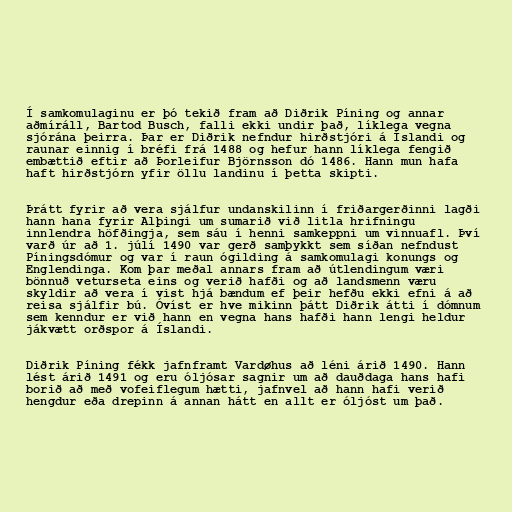
Í samkomulaginu er þó tekið fram að Diðrik Píning og annar
aðmíráll, Bartod Busch, falli ekki undir það, líklega vegna
sjórána þeirra. Þar er Diðrik nefndur hirðstjóri á Íslandi og
raunar einnig í bréfi frá 1488 og hefur hann líklega fengið
embættið eftir að Þorleifur Björnsson dó 1486. Hann mun hafa
haft hirðstjórn yfir öllu landinu í þetta skipti.

Þrátt fyrir að vera sjálfur undanskilinn í friðargerðinni lagði
hann hana fyrir Alþingi um sumarið við litla hrifningu
innlendra höfðingja, sem sáu í henni samkeppni um vinnuafl. Því
varð úr að 1. júlí 1490 var gerð samþykkt sem síðan nefndust
Píningsdómur og var í raun ógilding á samkomulagi konungs og
Englendinga. Kom þar meðal annars fram að útlendingum væri
bönnuð veturseta eins og verið hafði og að landsmenn væru
skyldir að vera í vist hjá bændum ef þeir hefðu ekki efni á að
reisa sjálfir bú. Óvíst er hve mikinn þátt Diðrik átti í dómnum
sem kenndur er við hann en vegna hans hafði hann lengi heldur
jákvætt orðspor á Íslandi.

Diðrik Píning fékk jafnframt Vardøhus að léni árið 1490. Hann
lést árið 1491 og eru óljósar sagnir um að dauðdaga hans hafi
borið að með vofeiflegum hætti, jafnvel að hann hafi verið
hengdur eða drepinn á annan hátt en allt er óljóst um það.